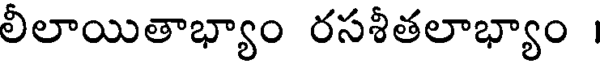
లీలాయితాభ్యాం రసశీతలాభ్యాం